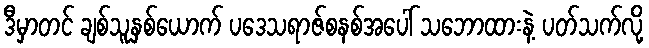
ဒီမှာတင် ချစ်သူနှစ်ယောက် ပဒေသရာဇ်စနစ်အပေါ် သဘောထားနဲ့ ပတ်သက်လို့